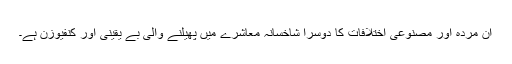
ان مردہ اور مصنوعی اختلافات کا دوسرا شاخسانہ معاشرے میں پھیلنے والی بے یقینی اور کنفیوزن ہے۔